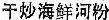
***